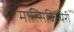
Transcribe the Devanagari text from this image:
मात्सिकिन्येरी